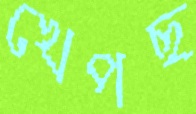
খেপছ